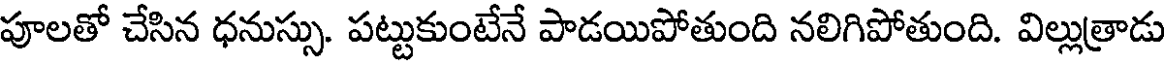
పూలతో చేసిన ధనుస్సు. పట్టుకుంటేనే పాడయిపోతుంది నలిగిపోతుంది. విల్లుత్రాడు